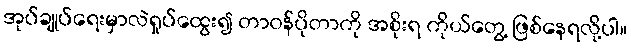
အုပ်ချုပ်ရေးမှာလဲရှုပ်ထွေး၍ တာဝန်ပိုတာကို အစိုးရ ကိုယ်တွေ့ ဖြစ်နေရလို့ပါ။